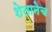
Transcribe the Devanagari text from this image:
शेतानेच